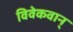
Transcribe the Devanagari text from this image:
विवेकवान्